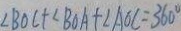
\angle B O C + \angle B O A + \angle A O C = 3 6 0 ^ { \circ }